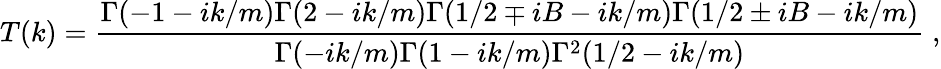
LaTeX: T(k)=\frac{\Gamma(-1-ik/m)\Gamma(2-ik/m)\Gamma(1/2\mp iB-ik/m)\Gamma(1/2\pm iB-ik/m)}{\Gamma(-ik/m)\Gamma(1-ik/m)\Gamma^{2}(1/2-ik/m)}\; ,